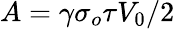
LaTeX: A=\gamma\sigma_{o}\tau V_{0}/2